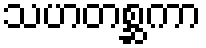
သဟတစ္ဆကာ